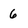
Character: 6